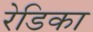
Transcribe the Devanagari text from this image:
रेडिका